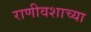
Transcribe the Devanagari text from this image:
राणीवशाच्या